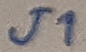
Text: J1